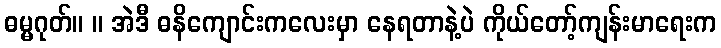
ဓမ္မဂုတ်။ ။ အဲဒီ ဓနိကျောင်းကလေးမှာ နေရတာနဲ့ပဲ ကိုယ်တော့်ကျန်းမာရေးက